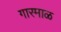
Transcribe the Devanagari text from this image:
गारमाळ